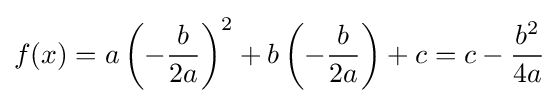
f(x)=a\left(-{\frac {b}{2a}}\right)^{2}+b\left(-{\frac {b}{2a}}\right)+c=c-{\frac {b^{2}}{4a}}